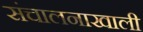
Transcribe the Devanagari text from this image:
संचालनाखाली